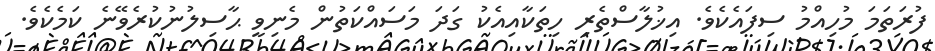
ފުރަތަމަ މުހިއްމު ސިފައެކެވެ. އިޚުލާސްތެރި ހިތަކާއިއެކު ގަދަ މަސައްކަތުން މެނިވީ ޙާސިލުނުކުރެވޭނެ ކަމެކެވެ.